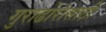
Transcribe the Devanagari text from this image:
गुराढोरांसाठी